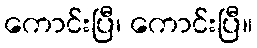
ကောင်းပြီ၊ ကောင်းပြီ။